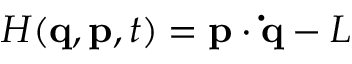
H ( \mathbf { q } , \mathbf { p } , t ) = \mathbf { p } \cdot \mathbf { \dot { q } } - L